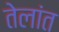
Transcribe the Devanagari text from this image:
तेलांत